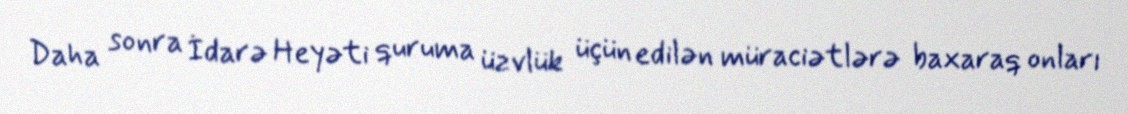
Daha sonra İdarə Heyəti quruma üzvlük üçün edilən müraciətlərə baxaraq onları